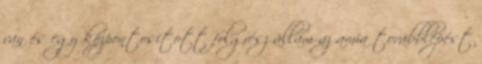
van és egy központosított folgrész állam az amia továbblépést